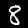
Label: 8